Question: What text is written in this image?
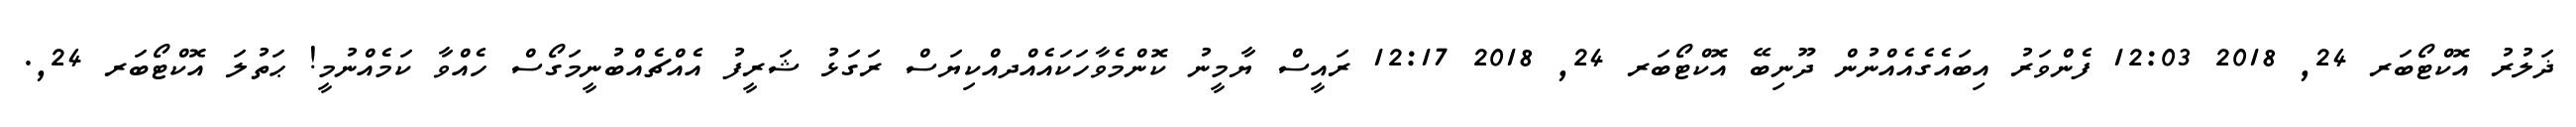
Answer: ޛަލުރު އޮކްޓޯބަރ 24, 2018 12:03 ފެންވަރު އިބައެގެއެއްނުން ދޫނިބޭ އޮކްޓޯބަރ 24, 2018 12:17 ރައީސް ޔާމީނު ކޮންމެވާހަކައެއްދއްކިޔަސް ރަގަޅު ޝަރީފު އެއްޗެއްބުނީމަގޯސް ހެއްވާ ކަމެއްނުމީ! ޙަތުލަ އޮކްޓޯބަރ 24,.